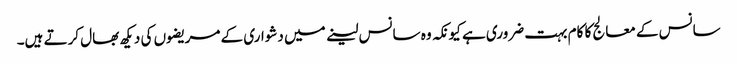
سانس کے معالج کا کام بہت ضروری ہے کیونکہ وہ سانس لینے میں دشواری کے مریضوں کی دیکھ بھال کرتے ہیں۔